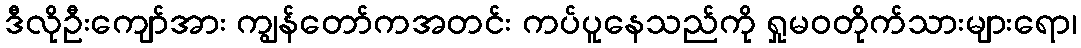
ဒီလိုဦးကျော်အား ကျွန်တော်ကအတင်း ကပ်ပူနေသည်ကို ရှုမဝတိုက်သားများရော၊